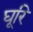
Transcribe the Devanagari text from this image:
घूरि